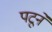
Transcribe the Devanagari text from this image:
पटूने